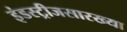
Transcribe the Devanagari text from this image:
इंडस्ट्रीजसारख्या